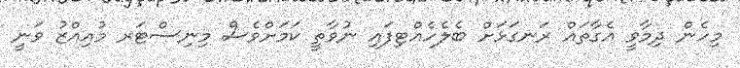
މިހެން ދިމާވީ އެގާތައް ރަނގަޅަށް ބެލެހެއްޓިފައި ނުވާތީ ކަމަށްވެސް މިނިސްޓަރ މުއިއްޒު ވަނީ